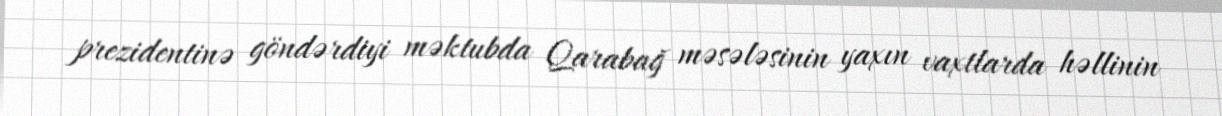
prezidentinə göndərdiyi məktubda Qarabağ məsələsinin yaxın vaxtlarda həllinin